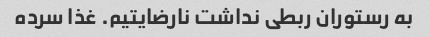
به رستوران ربطی نداشت نارضایتیم. غذا سرده